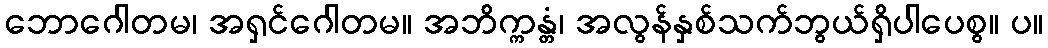
ဘောဂေါတမ၊ အရှင်ဂေါတမ။ အဘိက္ကန္တံ၊ အလွန်နှစ်သက်ဘွယ်ရှိပါပေစွ။ ပ။